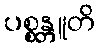
ပစ္စန္တူတိ